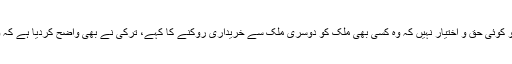
چین نے واضح طور پر کہا ہے کہ امریکا کو کوئی حق و اختیار نہیں کہ وہ کسی بھی ملک کو دوسری ملک سے خریداری روکنے کا کہے، ترکی نے بھی واضح کردیا ہے کہ وہ اپنی پڑوسی ملک کو ناراض نہیں کرسکتا۔